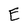
Character: E